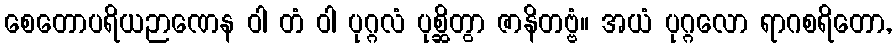
စေတောပရိယဉာဏေန ဝါ တံ ဝါ ပုဂ္ဂလံ ပုစ္ဆိတွာ ဇာနိတဗ္ဗံ။ အယံ ပုဂ္ဂလော ရာဂစရိတော,